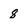
Character: 8